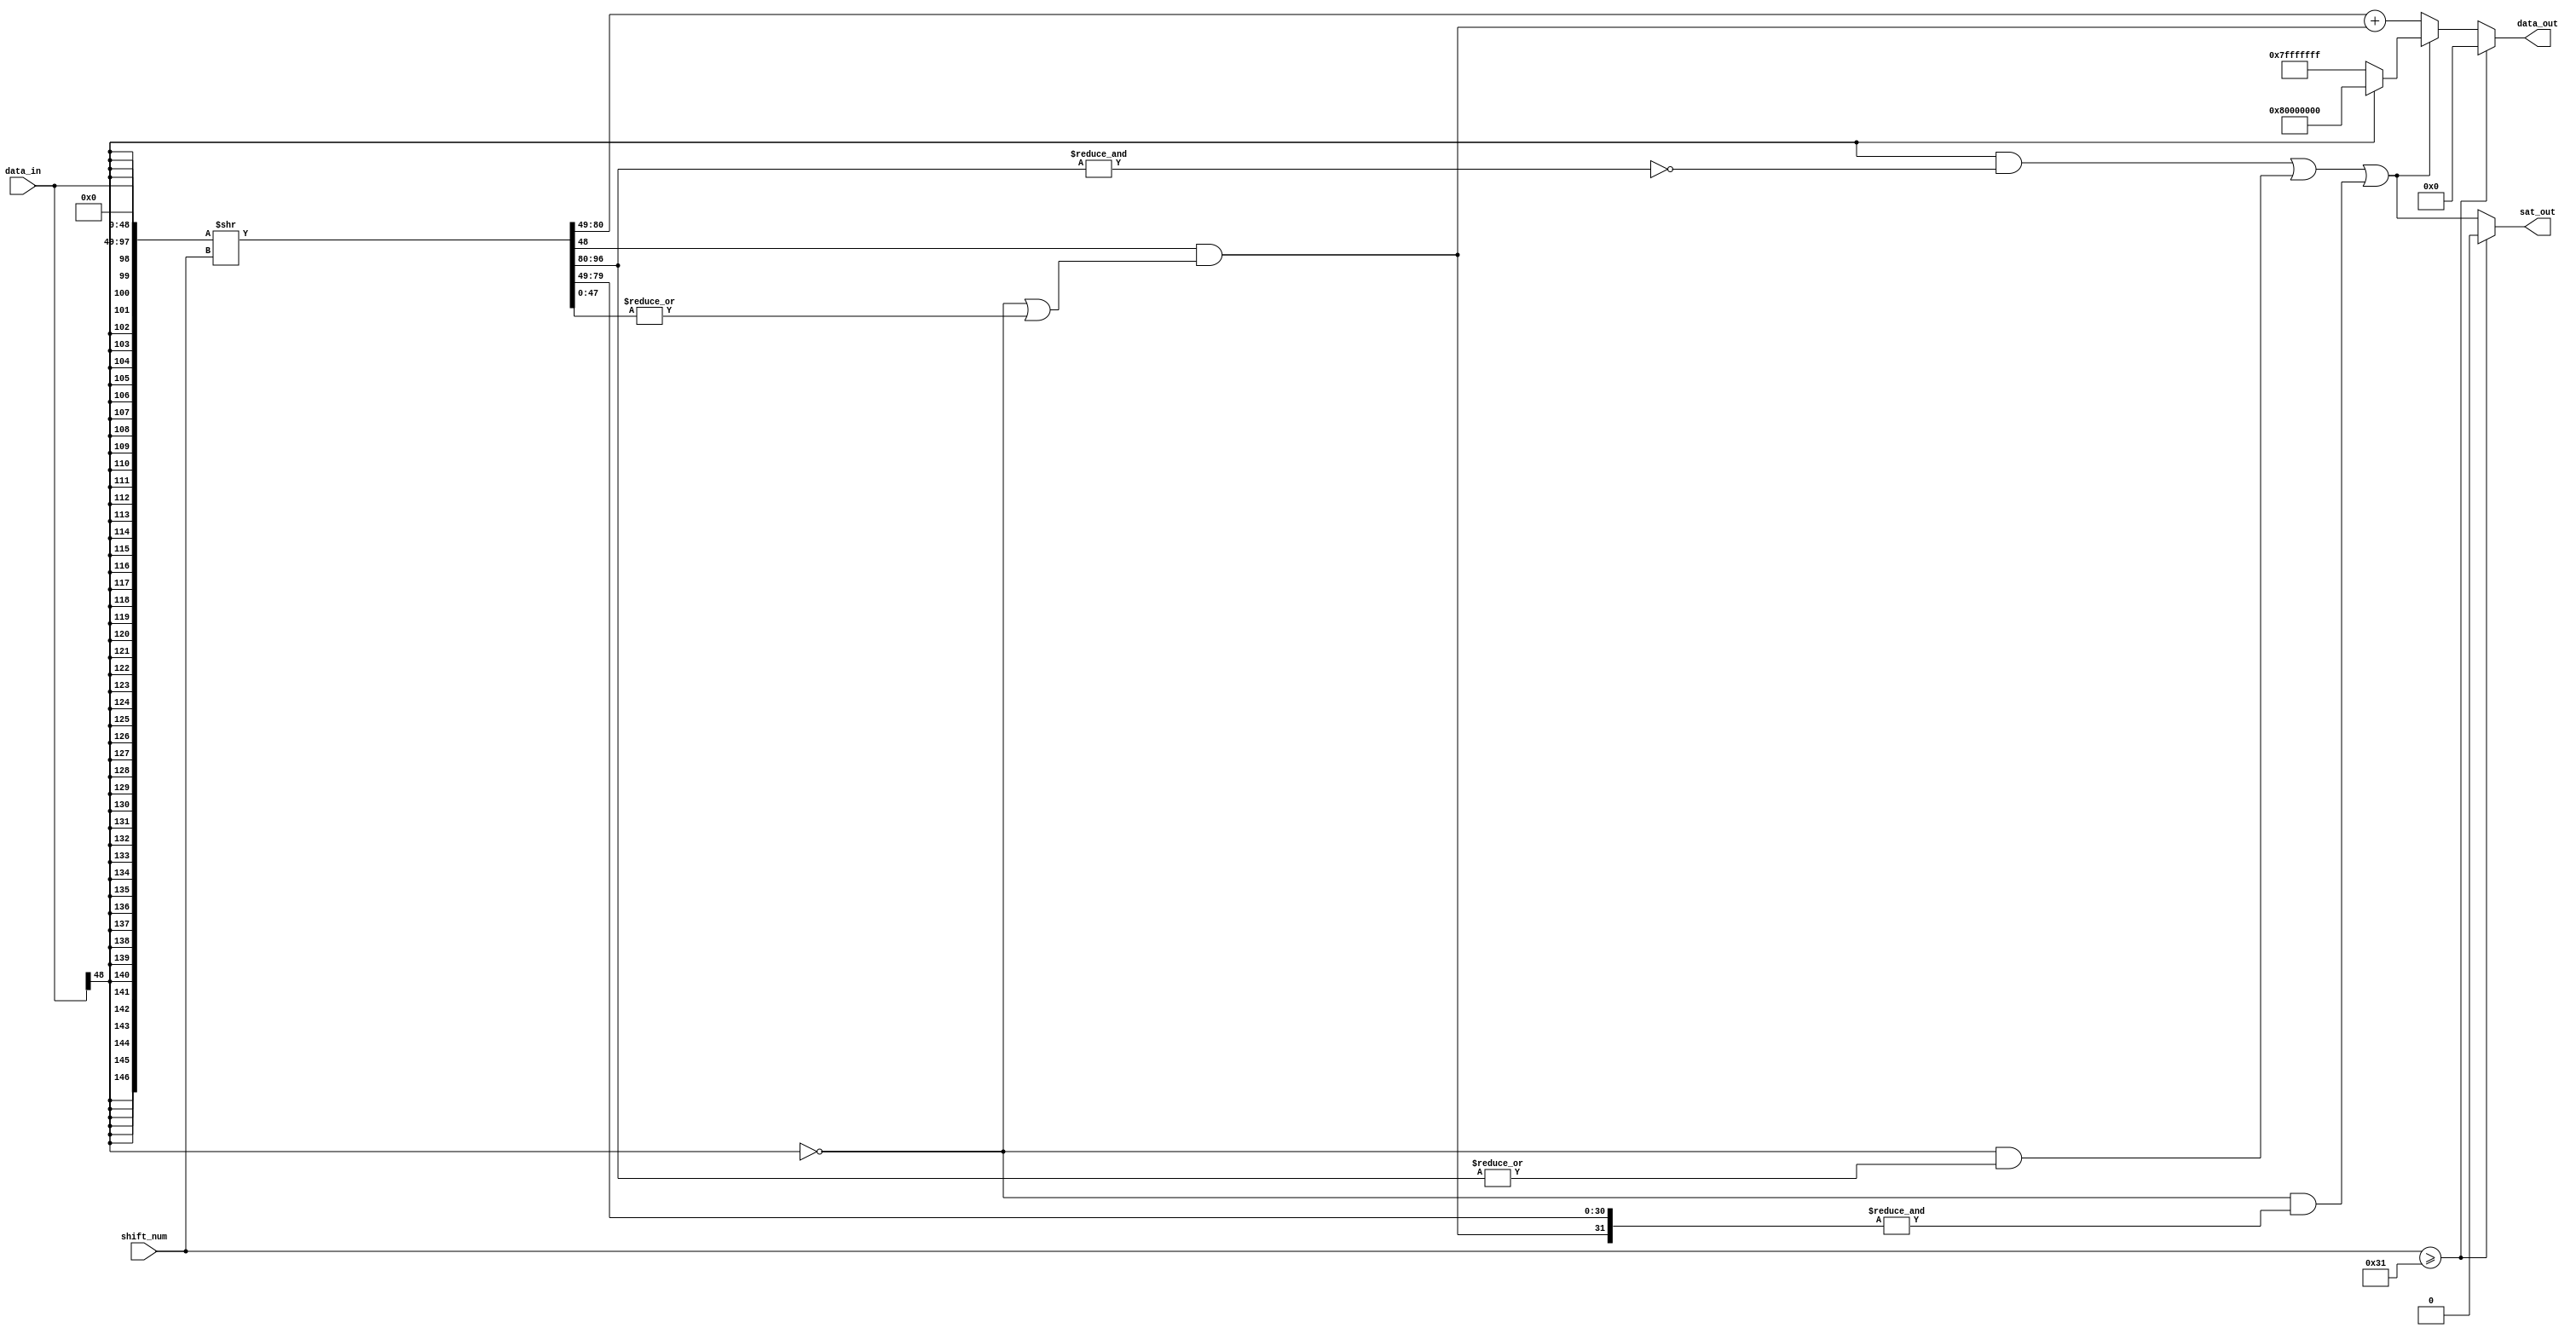
// ================================================================
// NVDLA Open Source Project
//
// Copyright(c) 2016 - 2017 NVIDIA Corporation. Licensed under the
// NVDLA Open Hardware License; Check "LICENSE" which comes with
// this distribution for more information.
// ================================================================
module NV_NVDLA_HLS_shiftrightsatsu (
   data_in
  ,shift_num
  ,data_out
  ,sat_out
  );
parameter IN_WIDTH = 49;
parameter OUT_WIDTH = 32;
parameter SHIFT_WIDTH = 6;
input [IN_WIDTH-1:0] data_in;
input [SHIFT_WIDTH-1:0] shift_num;
output [OUT_WIDTH-1:0] data_out;
output sat_out;
wire [IN_WIDTH-1:0] data_high;
wire [IN_WIDTH-1:0] data_shift;
wire [IN_WIDTH-2:0] stick;
wire [OUT_WIDTH-1:0] data_max;
wire [OUT_WIDTH-1:0] data_round;
wire data_sign;
wire guide;
wire point5;
wire mon_round_c;
wire tru_need_sat;
// synoff nets
// monitor nets
// debug nets
// tie high nets
// tie low nets
// no connect nets
// not all bits used nets
// todo nets
assign data_sign = data_in[IN_WIDTH-1];
assign {data_high[((IN_WIDTH) - 1):0], data_shift[((IN_WIDTH) - 1):0], guide, stick[((IN_WIDTH-1) - 1):0]} = {{IN_WIDTH{data_sign}},data_in,{IN_WIDTH{1'b0}}} >> shift_num[((SHIFT_WIDTH) - 1):0];
//assign {data_shift[::range(IN_WIDTH)], guide, stick[::range(IN_WIDTH-1)]} = ($signed({data_in,{IN_WIDTH{1'b0}}}) >>> shift_num[::range(SHIFT_WIDTH)]);
assign point5 = guide & (~data_sign | (|stick));
assign {mon_round_c,data_round[((OUT_WIDTH) - 1):0]} = data_shift[((OUT_WIDTH) - 1):0] + point5;
assign tru_need_sat = ( data_sign & ~(&data_shift[IN_WIDTH-2:OUT_WIDTH-1])) |
                      (~data_sign & (|data_shift[IN_WIDTH-2:OUT_WIDTH-1])) |
                      (~data_sign & (&{data_shift[((OUT_WIDTH-1) - 1):0], point5}));
assign data_max = data_sign ? {1'b1, {(OUT_WIDTH-1){1'b0}}} : ~{1'b1, {(OUT_WIDTH-1){1'b0}}};
assign data_out = (shift_num >= IN_WIDTH) ? {(OUT_WIDTH){1'b0}} : tru_need_sat ? data_max : data_round;
assign sat_out = (shift_num >= IN_WIDTH) ? 1'b0: tru_need_sat;
endmodule // NV_NVDLA_HLS_shiftrightsatsu